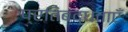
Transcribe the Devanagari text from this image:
प्रतिबद्धताएँ